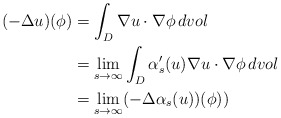
\begin{align*}\aligned(- \Delta u )(\phi) & = \int_D \nabla u\cdot \nabla \phi \, dvol\\& = \lim_{s\to \infty} \int_D \alpha_s'(u) \nabla u\cdot\nabla \phi \, dvol\\& = \lim_{s\to\infty} (-\Delta\alpha_s(u)) (\phi))\endaligned\end{align*}